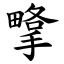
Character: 㨼